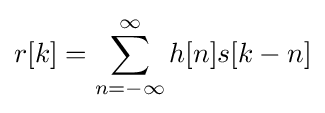
r[k]=\sum _{n=-\infty }^{\infty }h[n]s[k-n]